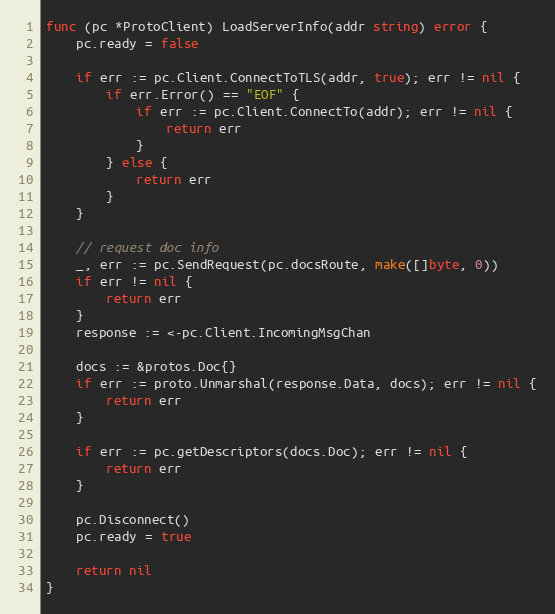
Language: Go
func (pc *ProtoClient) LoadServerInfo(addr string) error {
	pc.ready = false

	if err := pc.Client.ConnectToTLS(addr, true); err != nil {
		if err.Error() == "EOF" {
			if err := pc.Client.ConnectTo(addr); err != nil {
				return err
			}
		} else {
			return err
		}
	}

	// request doc info
	_, err := pc.SendRequest(pc.docsRoute, make([]byte, 0))
	if err != nil {
		return err
	}
	response := <-pc.Client.IncomingMsgChan

	docs := &protos.Doc{}
	if err := proto.Unmarshal(response.Data, docs); err != nil {
		return err
	}

	if err := pc.getDescriptors(docs.Doc); err != nil {
		return err
	}

	pc.Disconnect()
	pc.ready = true

	return nil
}